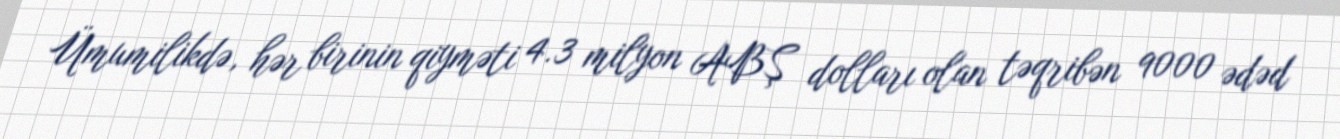
Ümumilikdə, hər birinin qiyməti 4.3 milyon ABŞ dolları olan təqribən 9000 ədəd